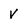
Character: V